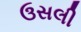
ઉસલી